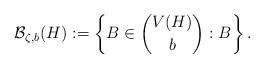
LaTeX: \begin{align*} \mathcal{B}_{\zeta,b}(H) := \left\{ B \in \binom{V(H)}{b} : B \right\}. \end{align*}